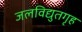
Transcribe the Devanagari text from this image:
जलविद्युतगृह